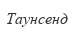
Таунсенд